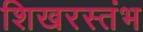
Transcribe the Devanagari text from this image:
शिखरस्तंभ